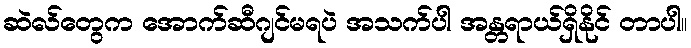
ဆဲလ်တွေက အောက်ဆီဂျင်မရပဲ အသက်ပါ အန္တရာယ်ရှိနိုင် တာပါ။